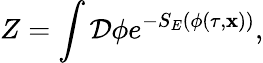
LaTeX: Z=\int{\cal D}\phi e^{-S_{E}(\phi(\tau,{\mathbf x}))},